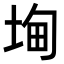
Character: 𭎧